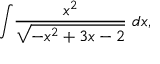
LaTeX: \int \! { \frac { x ^ { 2 } } { \sqrt { - x ^ { 2 } + 3 x - 2 } } } \ d x ,